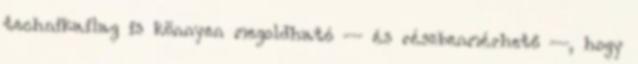
technikailag is könnyen megoldható — és részbenmérhető —, hogy